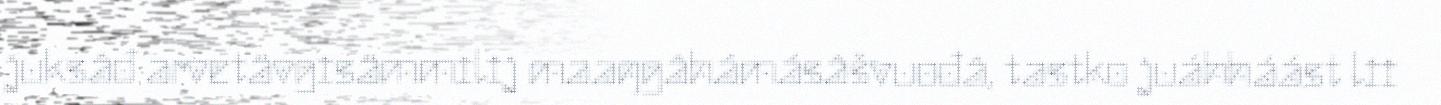
juksâđ arvetävgisämmilij maaŋgâhámásâšvuođâ, tastko juáhháást lii